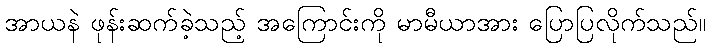
အာယနဲ ဖုန်းဆက်ခဲ့သည့် အကြောင်းကို မာမီယာအား ပြောပြလိုက်သည်။